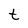
Character: t